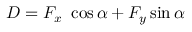
D = F _ { x } \ \cos \alpha + F _ { y } \sin \alpha